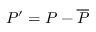
P ^ { \prime } = P - \overline { { P } }